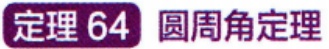
定理 64  圆周角定理